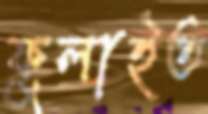
ফুলাইত